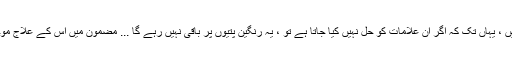
اگر وہ ہیں ، یہاں تک کہ اگر ان علامات کو حل نہیں کیا جاتا ہے تو ، یہ رنگین پتیوں پر باقی نہیں رہے گا ... مضمون میں اس کے علاج موجود ہیں۔